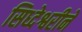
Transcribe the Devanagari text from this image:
सिध्देश्वरीने